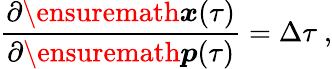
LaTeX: \frac{\partial\ensuremath{\boldsymbol{{x}}}(\tau)}{\partial\ensuremath{\boldsymbol{p}}(\tau)}=\Delta\tau\ ,